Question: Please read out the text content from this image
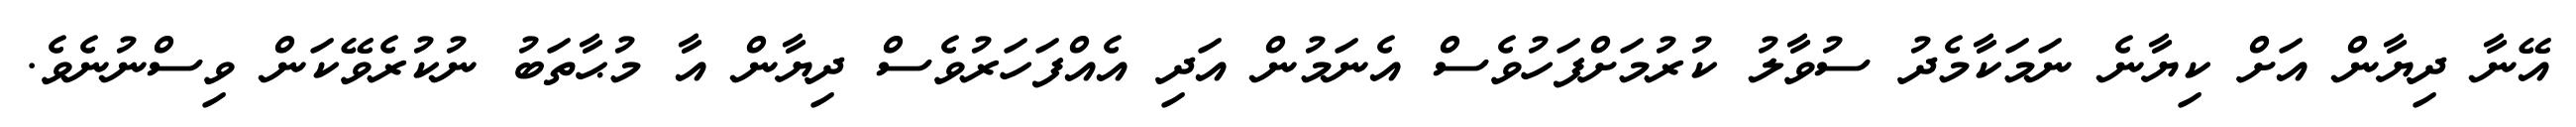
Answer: އޭނާ ދިޔާން އަށް ކިޔާނެ ނަމަކާމެދު ސުވާލު ކުރުމަށްފަހުވެސް އެނަމުން އަދި އެއްފަހަރުވެސް ދިޔާން އާ މުޙާތަބު ނުކުރެވޭކަން ވިސްނުނެވެ.